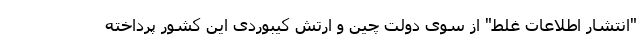
"انتشار اطلاعات غلط" از سوی دولت چین و ارتش کیبوردی این کشور پرداخته